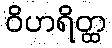
ဝိဟရိတ္ထ